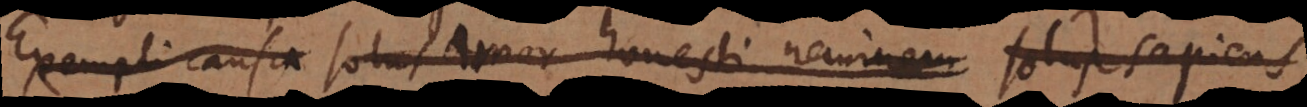
Exempli causa solus amor honesti neminem solus sapiens